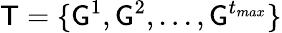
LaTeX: \mathsf{T}=\{ \mathsf{G}^{1},\mathsf{G}^{2},...,\mathsf{G}^{t_{max}}\}